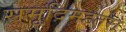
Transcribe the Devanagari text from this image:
समृदिमहतरा